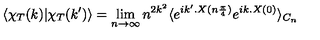
\langle \chi _ { T } ( k ) | \chi _ { T } ( k ^ { \prime } ) \rangle = \lim _ { n \to \infty } n ^ { 2 k ^ { 2 } } \langle e ^ { i k ^ { \prime } . X ( n \frac { \pi } { 4 } ) } e ^ { i k . X ( 0 ) } \rangle _ { C _ { n } }